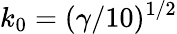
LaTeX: k_{0}=(\gamma/10)^{1/2}